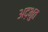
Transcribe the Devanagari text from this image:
अद़भुत